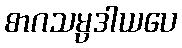
စာဂသမ္ပဒါယပေ